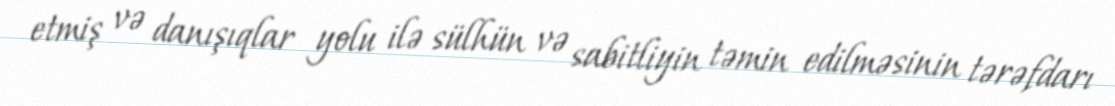
etmiş və danışıqlar yolu ilə sülhün və sabitliyin təmin edilməsinin tərəfdarı